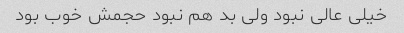
خیلی عالی نبود ولی بد هم نبود حجمش خوب بود